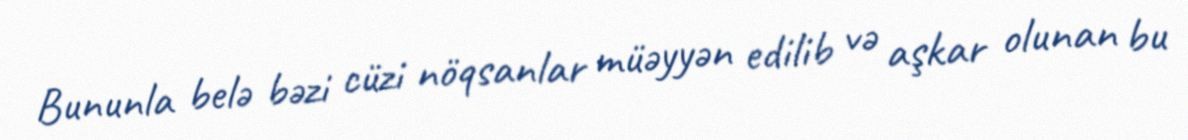
Bununla belə bəzi cüzi nöqsanlar müəyyən edilib və aşkar olunan bu